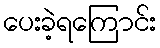
ပေးခဲ့ရကြောင်း